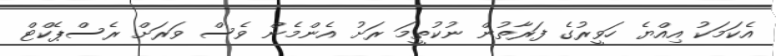
އެކަމަކު އިއްޔެ ހަވީރުގެ ފަރާތުން ނުކުތީމަ ރަށު އެންމެން ވެސް ވަރަށް ރެސްޕެކްޓް